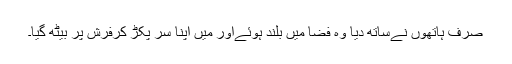
صرف ہاتھوں نےساتھ دیا وہ فضا میں بلند ہوئےاور میں اپنا سر پکڑ کرفرش پر بیٹھ گیا۔